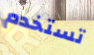
تستخدم